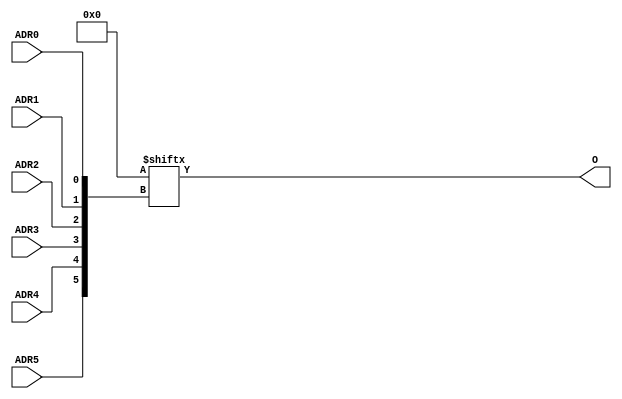
//    Xilinx Proprietary Primitive Cell X_LUT6 for Verilog
//
// $Header: /devl/xcs/repo/env/Databases/CAEInterfaces/verplex_libs/data/simprims/X_LUT6.v,v 1.3.198.3 2004/09/28 20:47:46 wloo Exp $
//

`celldefine
`timescale 1 ps/1 ps

module X_LUT6 (O, ADR0, ADR1, ADR2, ADR3, ADR4, ADR5);

  parameter INIT = 64'h0000000000000000;

  output O;
  input ADR0, ADR1, ADR2, ADR3, ADR4, ADR5;

	assign O = INIT[{ADR5,ADR4,ADR3,ADR2,ADR1,ADR0}];

endmodule